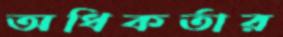
অধিকর্তার